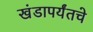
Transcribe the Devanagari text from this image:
खंडापर्यंतचे